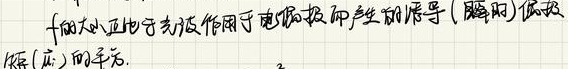
$f$的大小正比于去极化作用于电极表面产生的诱导（瞬时）偶极矩（$\mu$）的平方。$^{2}$